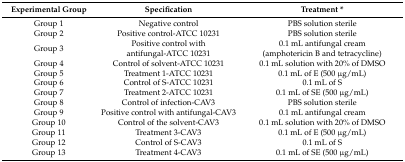
<table><thead><tr><td><b>Experimental Group</b></td><td><b>Specification</b></td><td><b>Treatment *</b></td></tr></thead><tbody><tr><td>Group 1</td><td>Negative control</td><td>PBS solution sterile</td></tr><tr><td>Group 2</td><td>Positive control-ATCC 10231</td><td>PBS solution sterile</td></tr><tr><td>Group 3</td><td>Positive control with antifungal-ATCC 10231</td><td>0.1 mL antifungal cream (amphotericin B and tetracycline)</td></tr><tr><td>Group 4</td><td>Control of solvent-ATCC 10231</td><td>0.1 mL solution with 20% of DMSO</td></tr><tr><td>Group 5</td><td>Treatment 1-ATCC 10231</td><td>0.1 mL of E (500 μg/mL)</td></tr><tr><td>Group 6</td><td>Control of S-ATCC 10231</td><td>0.1 mL of S</td></tr><tr><td>Group 7</td><td>Treatment 2-ATCC 10231</td><td>0.1 mL of SE (500 μg/mL)</td></tr><tr><td>Group 8</td><td>Control of infection-CAV3</td><td>PBS solution sterile</td></tr><tr><td>Group 9</td><td>Positive control with antifungal-CAV3</td><td>0.1 mL antifungal cream</td></tr><tr><td>Group 10</td><td>Control of the solvent-CAV3</td><td>0.1 mL solution with 20% of DMSO</td></tr><tr><td>Group 11</td><td>Treatment 3-CAV3</td><td>0.1 mL of E (500 μg/mL)</td></tr><tr><td>Group 12</td><td>Control of S-CAV3</td><td>0.1 mL of S</td></tr><tr><td>Group 13</td><td>Treatment 4-CAV3</td><td>0.1 mL of SE (500 μg/mL)</td></tr></tbody></table>